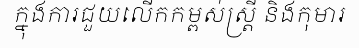
ក្នុងការជួយលើកកម្ពស់ស្ត្រី និងកុមារ